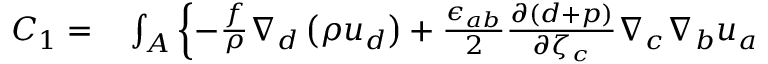
\begin{array} { r l } { C _ { 1 } = } & { { } \int _ { A } \left\{ - \frac { f } { \rho } \nabla _ { d } \left( \rho u _ { d } \right) + \frac { \epsilon _ { a b } } { 2 } \frac { \partial ( d + p ) } { \partial { \zeta } _ { c } } \nabla _ { c } \nabla _ { b } { u } _ { a } \right. } \end{array}